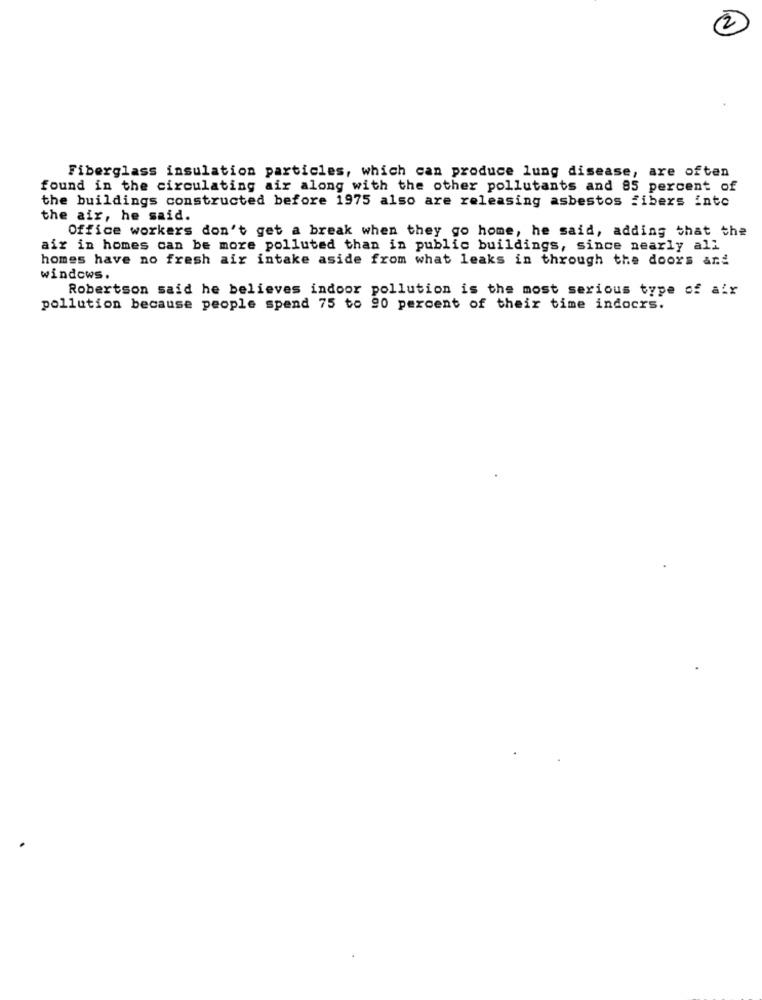
2
Fiberglass insulation particles, which can produce lung disease, are often
found in the circulating air along with the other pollutants and 85 percent of
the buildings constructed before 1975 also are releasing asbestos fibers inte
the air, he said.
Office workers don't get a break when they go home, he said, adding that the
air in homes can be more polluted than in public buildings, since nearly all
homes have no fresh air intake aside from what leaks in through the doors and
windows.
Robertson said he believes indoor pollution is the most serious type of air
pollution because people spend 75 to 90 percent of their time indocrs.